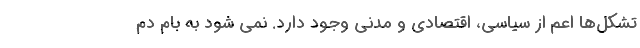
تشکل­ها اعم از سیاسی، اقتصادی و مدنی وجود دارد. نمی شود به بام دم